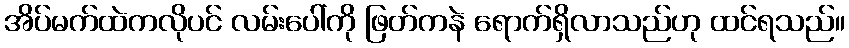
အိပ်မက်ထဲကလိုပင် လမ်းပေါ်ကို ဖြတ်ကနဲ ရောက်ရှိလာသည်ဟု ထင်ရသည်။